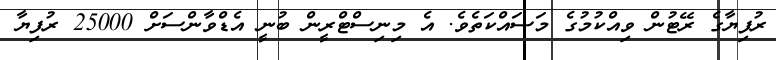
ރުފިޔާގެ ރޭޓުން ވިއްކުމުގެ މަސައްކަތެވެ. އެ މިނިސްޓްރީން ބުނީ އެޑްވާންސަށް 25000 ރުފިޔާ